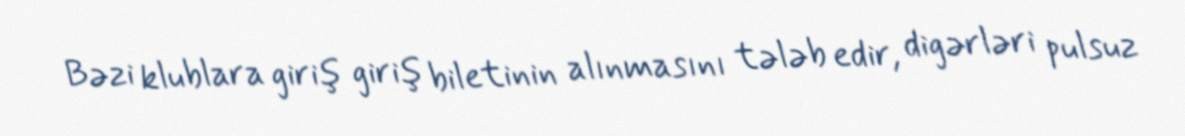
Bəzi klublara giriş giriş biletinin alınmasını tələb edir, digərləri pulsuz